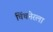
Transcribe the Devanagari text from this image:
चिंचनेरला